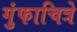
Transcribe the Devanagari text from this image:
गुंफाचित्रे